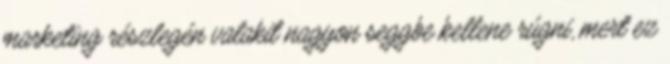
marketing részlegén valakit nagyon seggbe kellene rúgni, mert ez